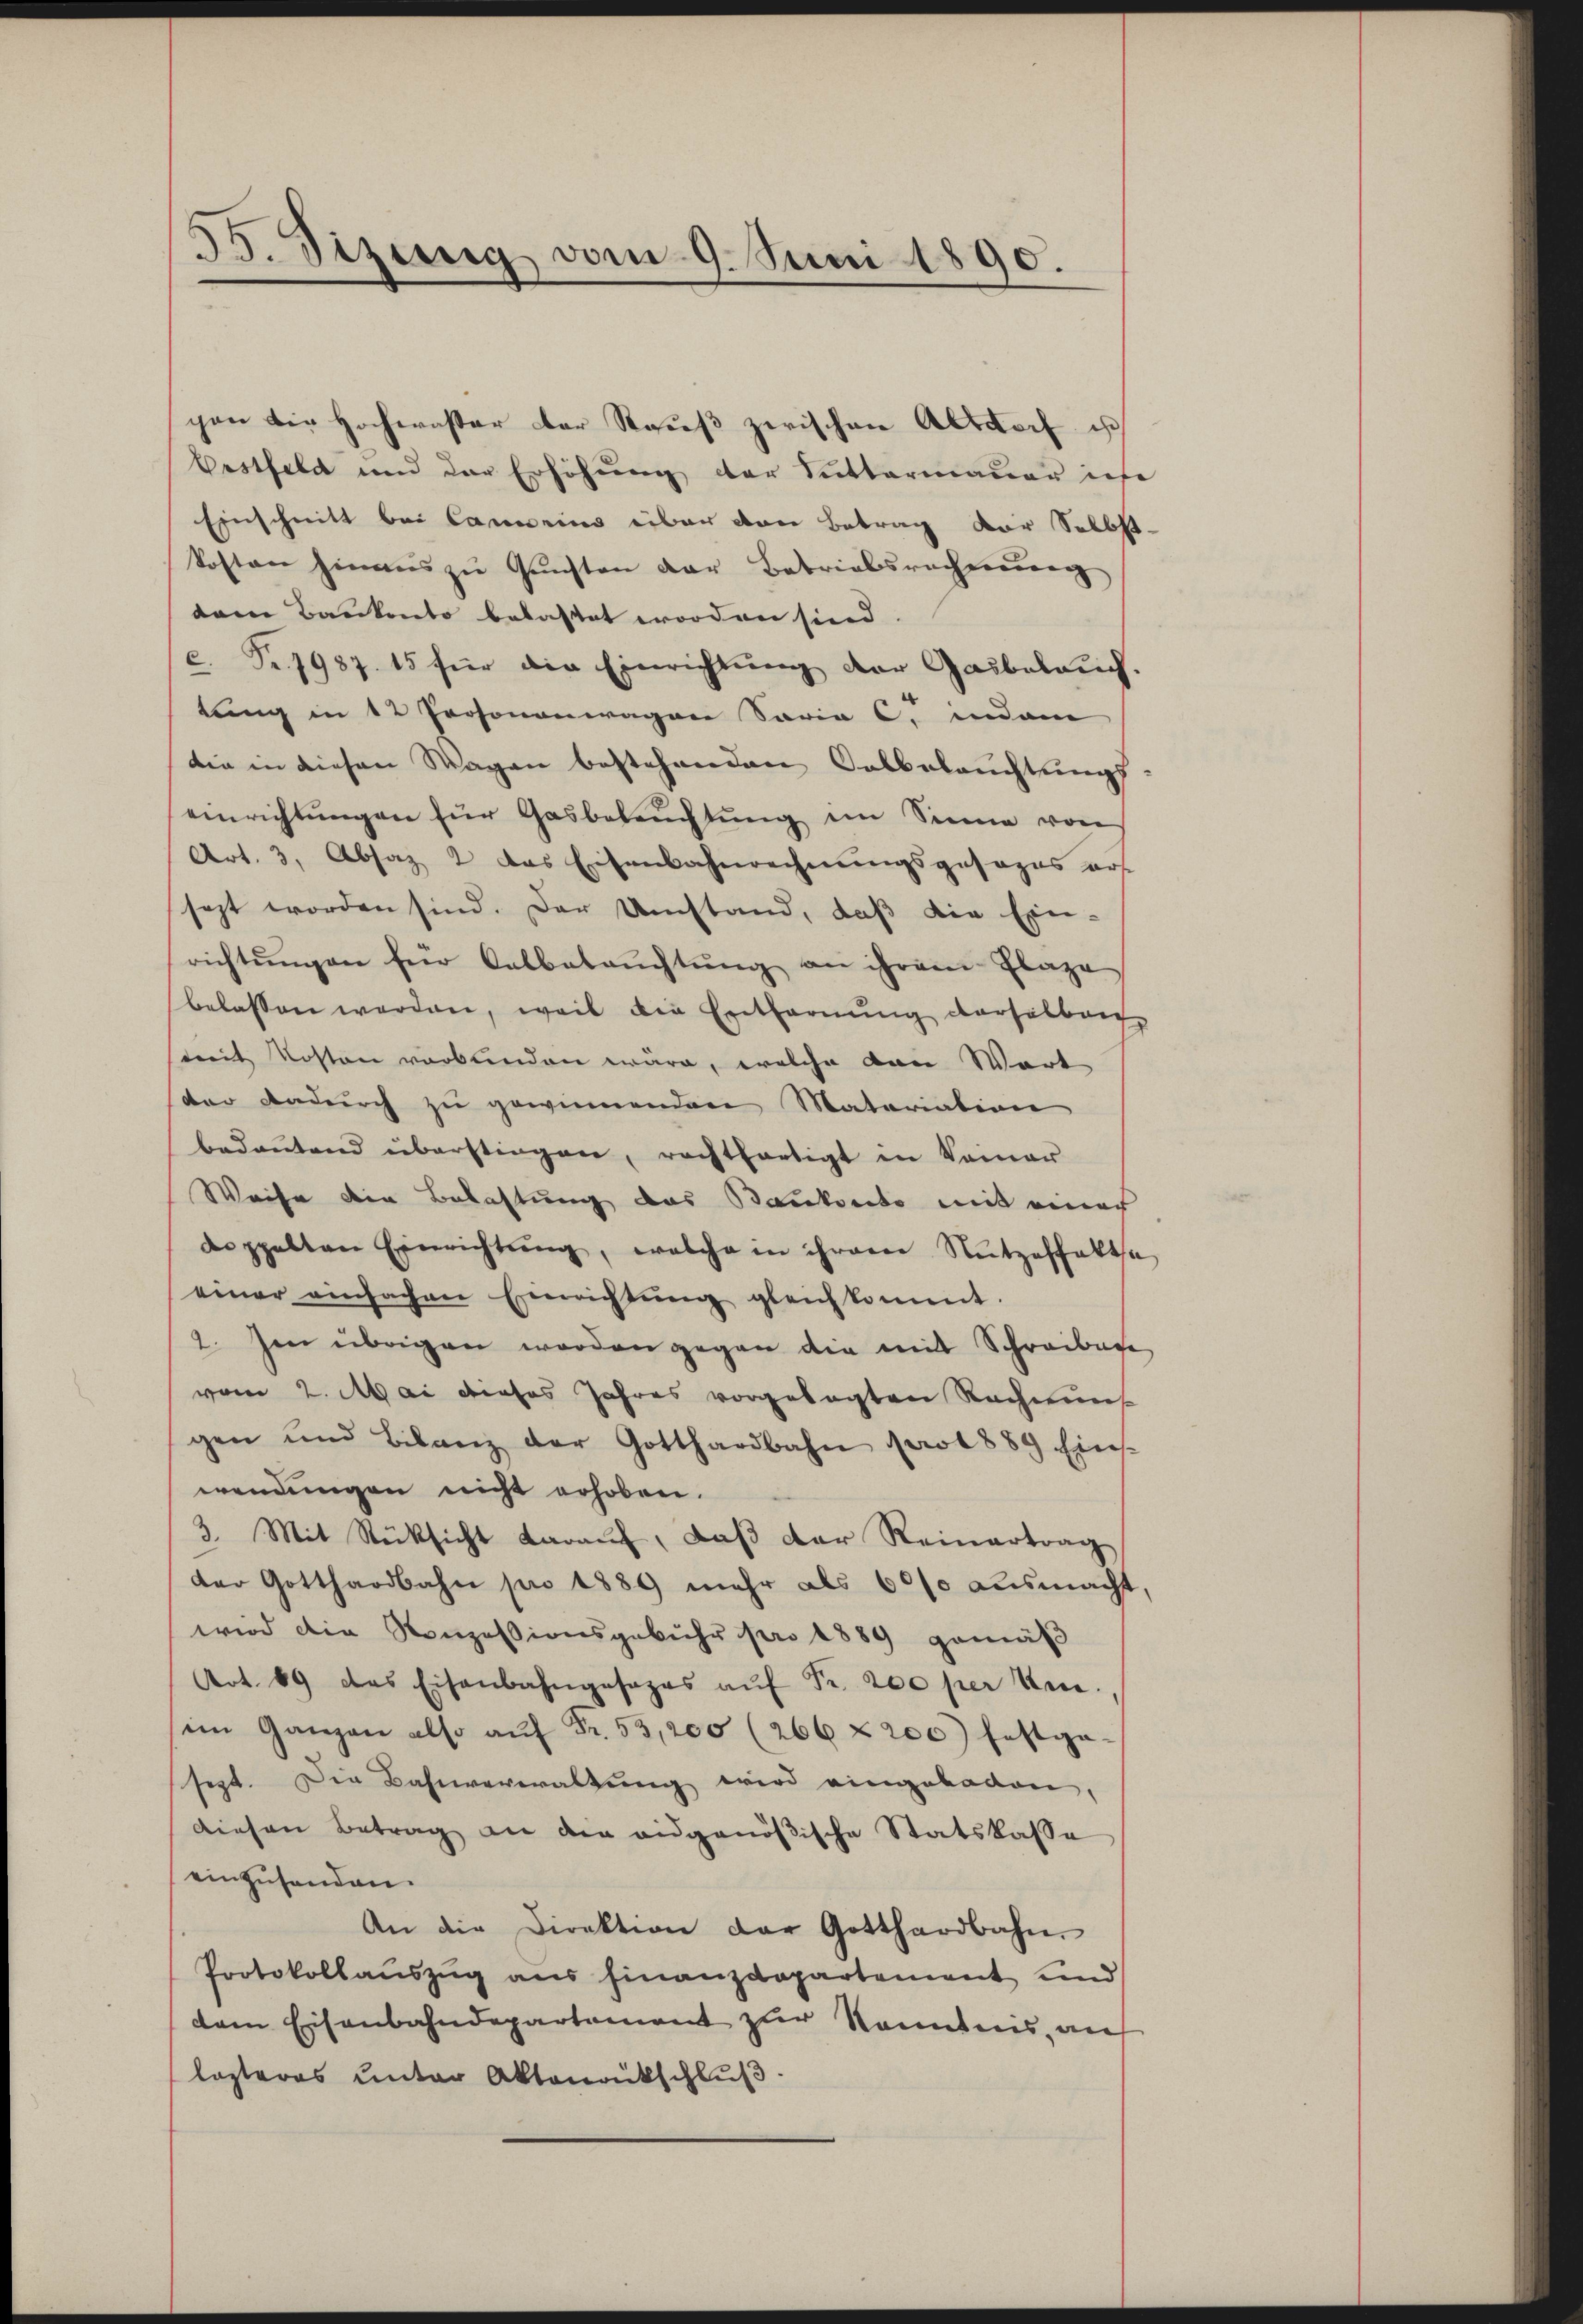
35. Sizung vom 9. Juni 1890.

cen die Hochwasser der Raŭβ zwischen Altdorf ist
Bestfeld und der Erhöhung der Sittermauer inse
Einschnitt bei Carneins über von Betrag vor Selbst
kosten hinaŭs zŭ Gŭnsten der Betriebsrecherŭng
dam Baukonto belastet worden sind.
c. Fr. 1987. 15 für die Einrichtung der Gasbelauch.
tung in 12 Personenwagen Saria C. indem
die in diesen Wagen bestehenden Salbelauchtungs-
einrichtungen für Gasbeleŭchtŭng im Sinne von
Art. 3, Absaz 2 das Eisenbahnrechnungsgesezes ers
sezt worden sind. Der Umstand, daß die Ein-
richtŭngen für Calbeleŭchtŭng an ihrem Flaze
belassen werden, weil die Entfernung derselberg
mit Kosten verbunden wäre, welche dann Wort
der Dadurch zu gewinnenden Matariation
bedeŭtend überstiegen, rechtfertigt in Deiner
Weise die Belastung das Baukonto mit einer
doppelten Einrichtŭng, welche in ihrem Nŭtzeftaltsa
einer ansachen Einrichtŭng gleichkommt.
2. Im übrigen worden gegen die mit Schreibese
vom 2. Mai dieses Jahres vorgelegten Rechnung
gen und Bilanz der Gotthardbahn prot 889. Eins-
wendungen nicht erhoben.
3. Mit Rücksicht daraŭf, daβ der Reinertrag
der Gotthardbahn pro 1889 mehr als 6000 ausmacht,
wird die Konzessionsgebühr pro 1889 gemäß
Art. 69 das Eisenbahngesages aŭf Fr. 200 per Ven.,
im Ganzen also auf Fr. 53,200 (266 f 200 festge-
sezt. Die Bahnverwaltung wird eingebaden,
diesen Betrag an die eidgenößische Statskasse
einzusenden.
An die Direktion der Gotthardbahn.
Protokollaŭszŭg ans Finanzdepartement und
dem Eisenbahndepartement zur Kenntnis, auf
lasteres unter Aktenantschlŭβ